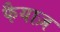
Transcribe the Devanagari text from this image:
फैयाज़